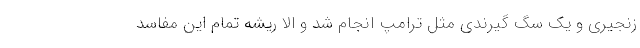
زنجیری و یک سگ گیرندی مثل ترامپ انجام شد و الا ریشه تمام این مفاسد